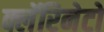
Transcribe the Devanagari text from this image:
क्लॅरिनेटो